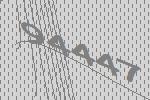
94447